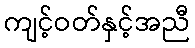
ကျင့်ဝတ်နှင့်အညီ